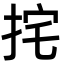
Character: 挓